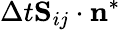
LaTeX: \Delta t{\mathbf S}_{ij}\cdot\mathbf{n}^{*}